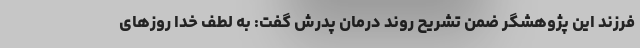
فرزند این پژوهشگر ضمن تشریح روند درمان پدرش گفت: به لطف خدا روزهای